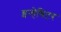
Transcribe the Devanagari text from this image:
इन्हेबिटर